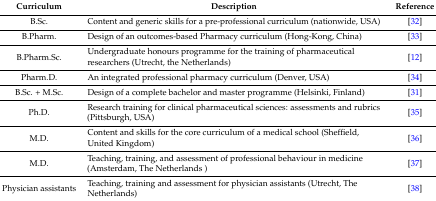
<table><thead><tr><td><b>Curriculum</b></td><td><b>Description</b></td><td><b>Reference</b></td></tr></thead><tbody><tr><td>B.Sc.</td><td>Content and generic skills for a pre-professional curriculum (nationwide, USA)</td><td>[32]</td></tr><tr><td>B.Pharm.</td><td>Design of an outcomes-based Pharmacy curriculum (Hong-Kong, China)</td><td>[33]</td></tr><tr><td>B.Pharm.Sc.</td><td>Undergraduate honours programme for the training of pharmaceutical researchers (Utrecht, the Netherlands)</td><td>[12]</td></tr><tr><td>Pharm.D.</td><td>An integrated professional pharmacy curriculum (Denver, USA)</td><td>[34]</td></tr><tr><td>B.Sc. + M.Sc.</td><td>Design of a complete bachelor and master programme (Helsinki, Finland)</td><td>[31]</td></tr><tr><td>Ph.D.</td><td>Research training for clinical pharmaceutical sciences: assessments and rubrics (Pittsburgh, USA)</td><td>[35]</td></tr><tr><td>M.D.</td><td>Content and skills for the core curriculum of a medical school (Sheffield, United Kingdom)</td><td>[36]</td></tr><tr><td>M.D.</td><td>Teaching, training, and assessment of professional behaviour in medicine (Amsterdam, The Netherlands )</td><td>[37]</td></tr><tr><td>Physician assistants</td><td>Teaching, training and assessment for physician assistants (Utrecht, The Netherlands) </td><td>[38]</td></tr></tbody></table>